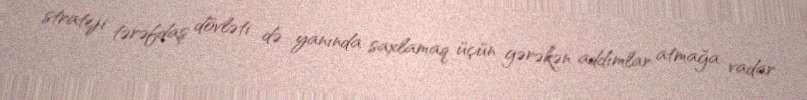
strateji tərəfdaş dövləti də yanında saxlamaq üçün gərəkən addımlar atmağa vadar